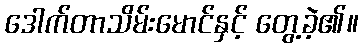
ဒေါက်တာသိမ်းမောင်နှင့် တွေ့ခဲ့၏။